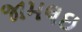
જામલઇ